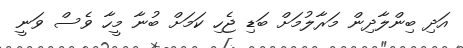
އަދި ބިންލާދިން މަރާލުމަށް ބަޑި ޖެހި ކަމަށް ބުނާ މީހާ ވެސް ވަނީ